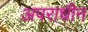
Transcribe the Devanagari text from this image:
अपराधीन